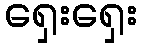
ရှေးရှေး